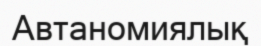
Автаномиялық